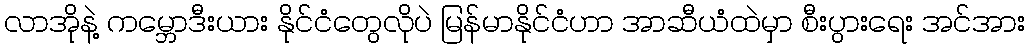
လာအိုနဲ့ ကမ္ဘောဒီးယား နိုင်ငံတွေလိုပဲ မြန်မာနိုင်ငံဟာ အာဆီယံထဲမှာ စီးပွားရေး အင်အား